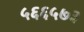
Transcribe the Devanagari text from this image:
५६६५७३